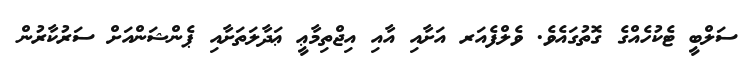
ސަލްބީ ޓެކުހެއްގެ ގޮތުގައެވެ. ވެލްފެއަރ އަށާއި އާއި އިޖްތިމާޢީ ޢަދާލަތަށާއި ޕެންޝަންއަށް ސަރުކާރުން